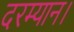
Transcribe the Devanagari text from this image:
दरम्यान।